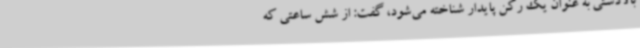
بالادستی به عنوان یک رکن پایدار شناخته می‌شود، گفت: از شش ساعتی که